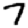
Digit: 7